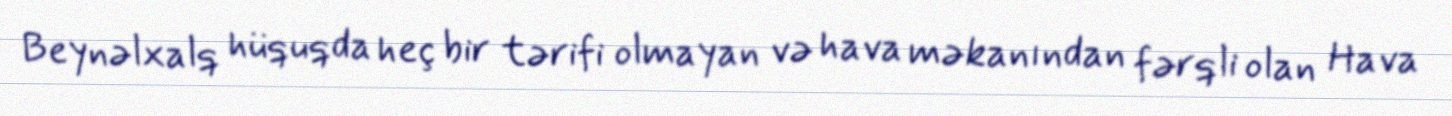
Beynəlxalq hüquqda heç bir tərifi olmayan və hava məkanından fərqli olan Hava